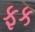
ફક